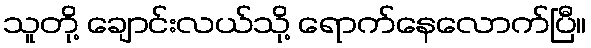
သူတို့ ချောင်းလယ်သို့ ရောက်နေလောက်ပြီ။